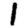
Digit: 1